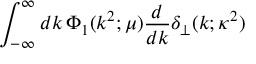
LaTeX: \int _ { - \infty } ^ { \infty } d k \, \Phi _ { 1 } ( k ^ { 2 } ; \mu ) \frac { d } { d k } \delta _ { \perp } ( k ; \kappa ^ { 2 } )